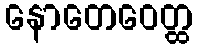
နောတေဝေတ္ထ